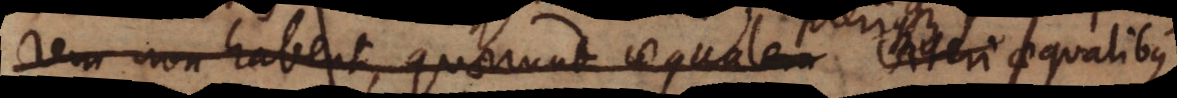
rem non habent, quaerunt aequalem Caeteri aequalibus